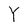
Character: Y